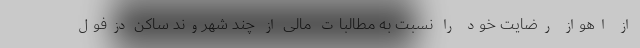
از اهواز رضایت خود را نسبت به مطالبات مالی از چند شهروند ساکن دزفول